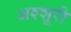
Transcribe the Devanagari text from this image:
अश्शूरी